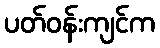
ပတ်ဝန်းကျင်က